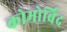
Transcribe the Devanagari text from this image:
कोमोर्बिद